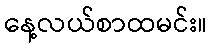
နေ့လယ်စာထမင်း။